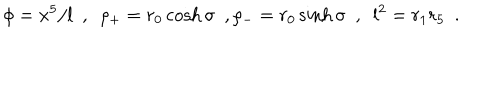
LaTeX: \phi = x ^ { 5 } / l ~ ~ , ~ ~ \rho _ { + } = r _ { 0 } \cosh \sigma ~ ~ , \rho _ { - } = r _ { 0 } \sinh \sigma ~ ~ , ~ ~ l ^ { 2 } = r _ { 1 } r _ { 5 } ~ ~ .